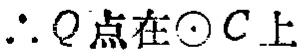
\(\therefore Q点在\odot C上\)